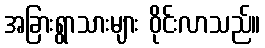
အခြားရွာသားများ ဝိုင်းလာသည်။